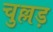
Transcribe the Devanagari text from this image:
चुल्लड़